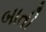
બાતી